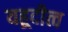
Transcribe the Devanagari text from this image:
यहूदीत्व